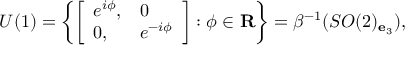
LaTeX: U ( 1 ) = \left\{ \left[ \begin{array} { l l } { { e ^ { i \phi } , } } & { { 0 } } \\ { { 0 , } } & { { e ^ { - i \phi } } } \end{array} \right] : \phi \in { \bf R } \right\} = \beta ^ { - 1 } ( S O ( 2 ) _ { { \bf e } _ { 3 } } ) ,